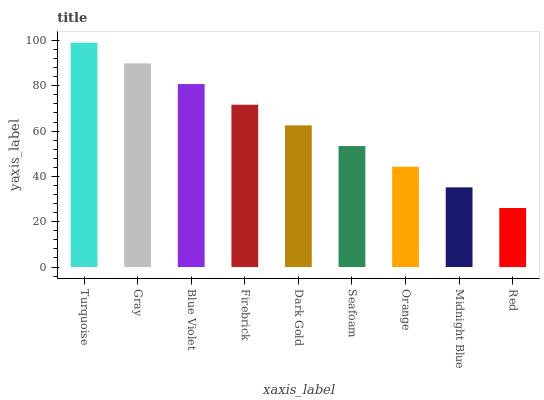
| xaxis_label | bars |
 | --- | --- |
 | Turquoise | 99 |
 | Gray | 89.9 |
 | Blue Violet | 80.8 |
 | Firebrick | 71.6 |
 | Dark Gold | 62.5 |
 | Seafoam | 53.4 |
 | Orange | 44.3 |
 | Midnight Blue | 35.2 |
 | Red | 26 |